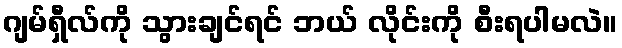
ဂျမ်ရှီလ်ကို သွားချင်ရင် ဘယ် လိုင်းကို စီးရပါမလဲ။